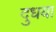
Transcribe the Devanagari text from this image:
दुधया